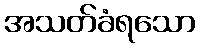
အသတ်ခံရသော